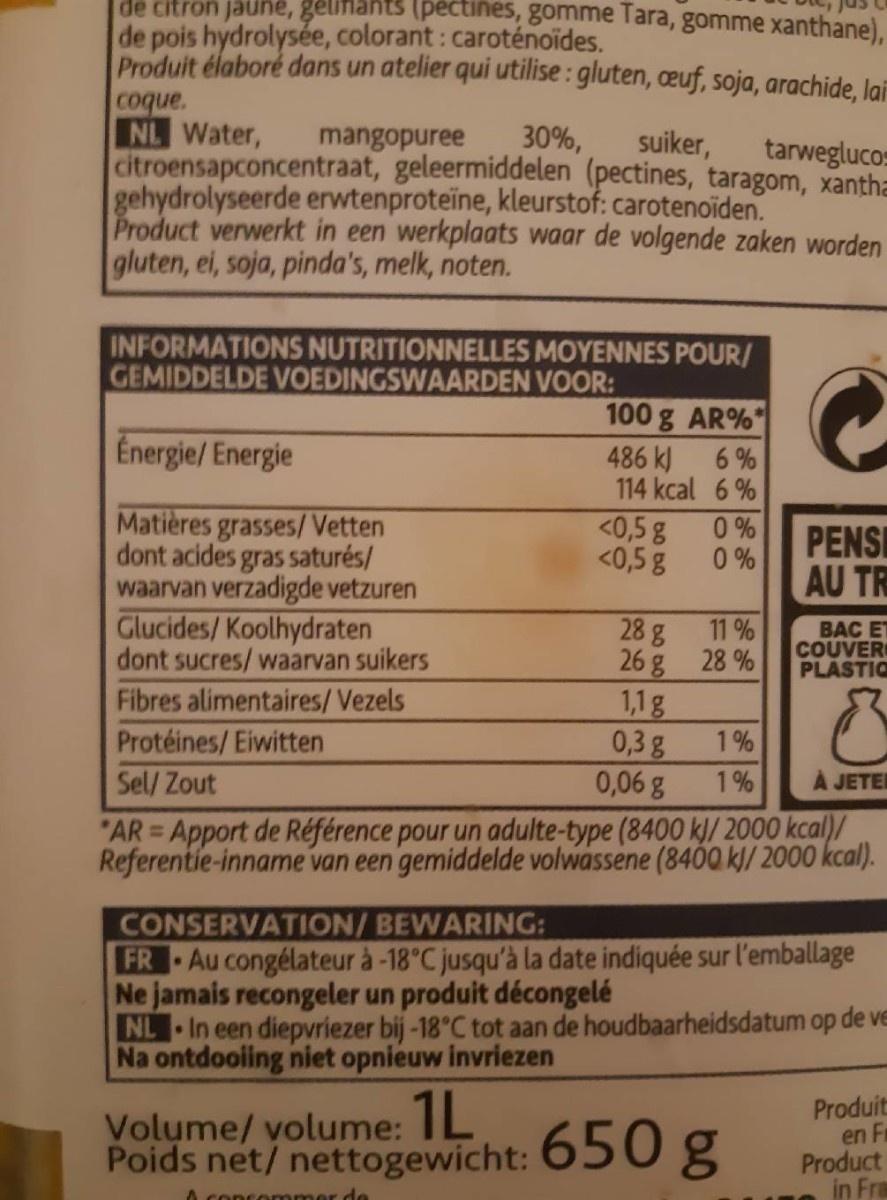
de citron jaune, gelimants (pectines, gomme Tara, gomme xanthane),
de pois hydrolysée, colorant: caroténoides. Produit élaboré dans un atelier qui utilise : gluten, œuf, soja, arachide, lai coque. NL Water, citroensapconcentraat, geleermiddelen (pectines, taragom, xantha gehydrolyseerde erwtenproteïne, kleurstof: carotenoiden. Product verwerkt in een werkplaats waar de volgende zaken worden gluten, ei, soja, pinda's, melk, noten.
mangopuree
30%,
suiker,
tarweglucos
INFORMATIONS NUTRITIONNELLES MOYENNES POUR/ GEMIDDELDE VOEDINGSWAARDEN VOOR:
100 g AR%*
Energie/ Energie
486 kJ 114 kcal 6%
Matières grasses/ Vetten dont acides gras saturés/ waarvan verzadigde vetzuren Glucides/Koolhydraten dont sucres/waarvan suikers
<0,5 g
0 %
PENSI AU TR
<0,5 g
0 %
28 g 26 g 28 % 1,1g 0,3g 0,06 g
11 %
BAC ET COUVER PLASTIO
Fibres alimentaires/Vezels Protéines/Eiwitten
1%
Sel/ Zout
1%
JETE
"AR = Apport de Référence pour un adulte-type (8400 k/ 2000 kcal)/ Referentie-inname van een gemiddelde volwassene (8400 kl/ 2000 kcal).
%3D
CONSERVATION/BEWARING: FR Au congélateur à -18°C jusqu'à la date indiquée sur l'emballage Ne jamais recongeler un produit décongelé NL In een diepvriezer bij -18°C tot aan de houdbaarheidsdatum op de ve Na ontdooiing niet opnieuw invriezen
Volume/ volume: IL Poids net/ nettogewicht: 650 g
Produit en F Product in Fra
de
1699O